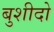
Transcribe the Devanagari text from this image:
बुशीदो